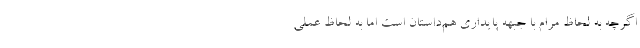
اگرچه به لحاظ مرام با جبهه پایداری هم‌داستان است اما به لحاظ عملی